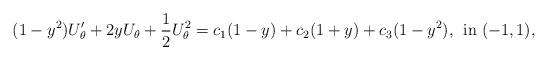
LaTeX: \begin{align*}(1-y^{2})U_{\theta}'+2yU_{\theta}+\frac{1}{2}U^{2}_{\theta}=c_{1}(1-y)+c_{2}(1+y)+c_{3}(1-y^{2}),\;\,\mathrm{in}\;(-1,1),\end{align*}